Annual report on vaccination in Mysore, 1878-1879 - 1878-1879
Year: 1878
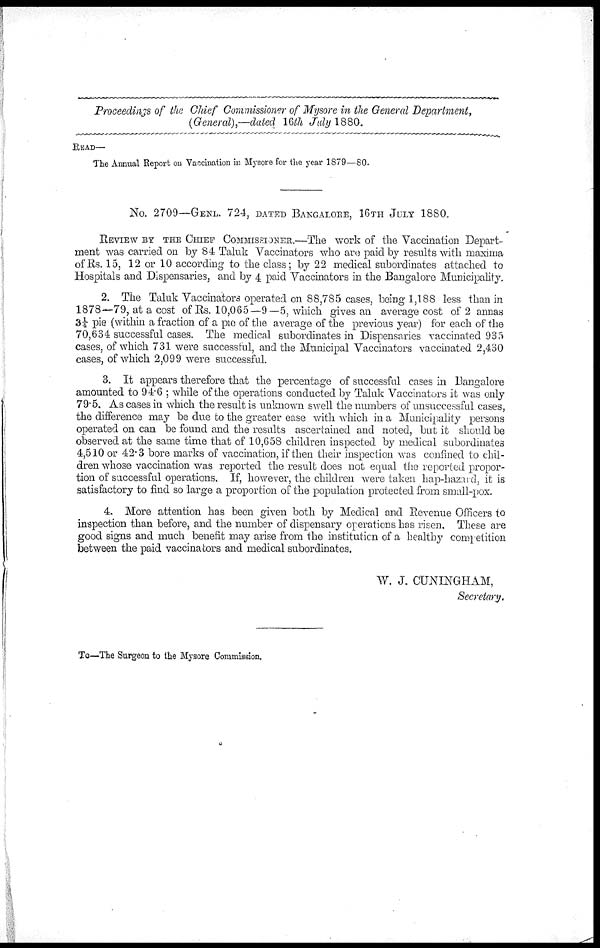
Proceedings of the Chief Commissioner of Mysore in the General Department,
(General),—dated 16th July 1880.
READ—
The Annual Report on Vaccination in Mysore for the year 1879—80.
No. 2709—GENL. 724, DATED BANGALORE, 16TH JULY 1880.
REVIEW BY THE CHIEF COMMISSIONER.—The work of the Vaccination Depart-
ment was carried on by 84 Taluk Vaccinators who are paid by results with maxima
of Rs. 15, 12 or 10 according to the class; by 22 medical subordinates attached to
Hospitals and Dispensaries, and by 4 paid Vaccinators in the Bangalore Municipality.
2. The Taluk Vaccinators operated on 88,785 cases, being 1,188 less than in
1878—79, at a cost of Rs. 10,065—9—5, which gives an average cost of 2 annas
3¼ pie (within a fraction of a pie of the average of the previous year) for each of the
70,634 successful cases. The medical subordinates in Dispensaries vaccinated 935
cases, of which 731 were successful, and the Municipal Vaccinators vaccinated 2,430
cases, of which 2,099 were successful.
3. It appears therefore that the percentage of successful cases in Bangalore
amounted to 94.6 ; while of the operations conducted by Taluk Vaccinators it was only
79.5. As cases in which the result is unknown swell the numbers of unsuccessful cases,
the difference may be due to the greater ease with which in a Municipality persons
operated on can be found and the results ascertained and noted, but it should be
observed at the same time that of 10,658 children inspected by medical subordinates
4,510 or 42.3 bore marks of vaccination, if then their inspection was confined to chil-
dren whose vaccination was reported the result does not equal the reported propor-
tion of successful operations. If, however, the children were taken hap-hazard, it is
satisfactory to find so large a proportion of the population protected from small-pox.
4. More attention has been given both by Medical and Revenue Officers to
inspection than before, and the number of dispensary operations has risen. These are
good signs and much benefit may arise from the institution of a healthy competition
between the paid vaccinators and medical subordinates.
W. J. CUNINGHAM,
Secretary.
To—The Surgeon to the Mysore Commission.